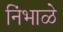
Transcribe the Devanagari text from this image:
निंभाळे